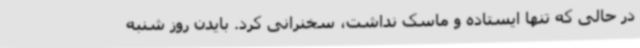
در حالی که تنها ایستاده و ماسک نداشت، سخنرانی کرد. بایدن روز شنبه